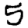
Digit: 5